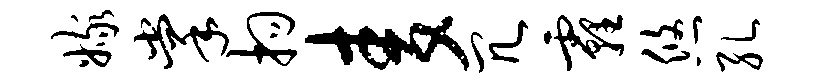
嫁掌拘麦冗霾悠孔